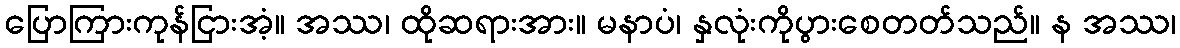
ပြောကြားကုန်ငြားအံ့။ အဿ၊ ထိုဆရားအား။ မနာပံ၊ နှလုံးကိုပွားစေတတ်သည်။ န အဿ၊